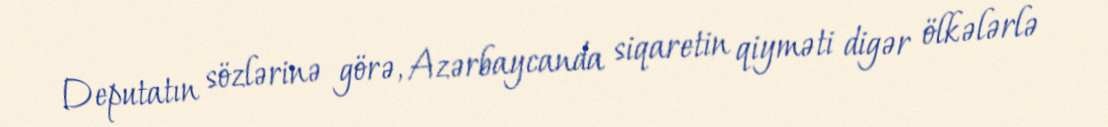
Deputatın sözlərinə görə, Azərbaycanda siqaretin qiyməti digər ölkələrlə